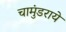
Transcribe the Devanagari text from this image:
चामुंडराये